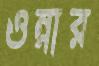
ওন্নার